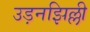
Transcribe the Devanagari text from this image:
उड़नझिल्ली